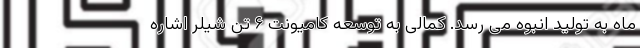
ماه به تولید انبوه می رسد. کمالی به توسعه کامیونت ۶ تن شیلر اشاره